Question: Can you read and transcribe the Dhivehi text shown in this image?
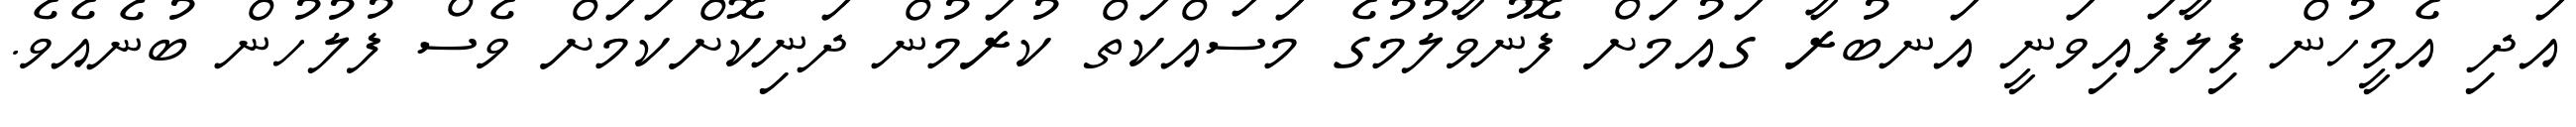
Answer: އަދި އެމީހުން ފިލާފައިވަނީ އަނބުރާ ގައުމަށް ފޮނުވާލުމުގެ މަސައްކަތް ކުރަމުން ދަނިކޮށްކަމަށް ވެސް ފުލުހުން ބުނެއެވެ.